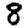
Digit: 8